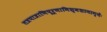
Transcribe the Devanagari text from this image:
तत्रपात्राणिपूर्णानिश्मशानाग्नेः